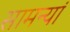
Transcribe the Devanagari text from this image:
सामन्यां